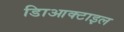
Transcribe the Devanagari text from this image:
डािआक्टाइल